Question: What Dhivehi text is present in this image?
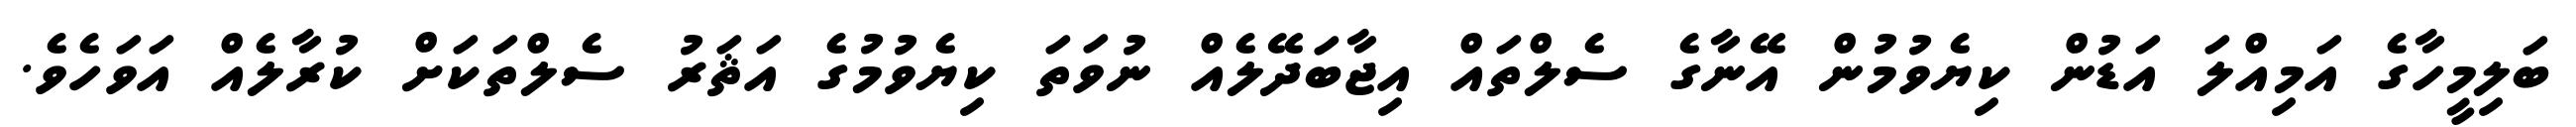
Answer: ބަލިމީހާގެ އަމިއްލަ އަޑުން ކިޔެވުމުން އޭނާގެ ސެލްތައް އިޖާބަދޭލެއް ނުވަތަ ކިޔެވުމުގެ އަޘަރު ސެލްތަކަށް ކުރާލެއް އަވަހެވެ.